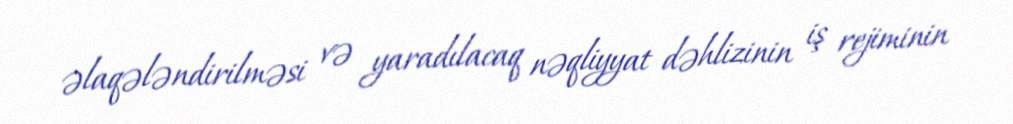
əlaqələndirilməsi və yaradılacaq nəqliyyat dəhlizinin iş rejiminin